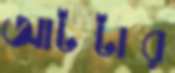
আটটার